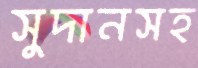
সুদানসহ